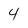
Character: 4